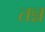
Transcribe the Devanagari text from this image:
तन्न